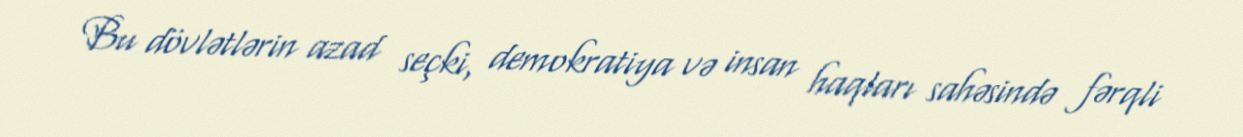
Bu dövlətlərin azad seçki, demokratiya və insan haqları sahəsində fərqli